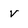
Character: v